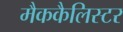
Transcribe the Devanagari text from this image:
मैककैलिस्टर